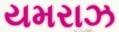
યમરાઝ